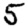
Digit: 5